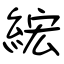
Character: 綋